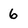
Character: 6